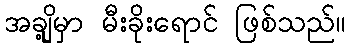
အချို့မှာ မီးခိုးရောင် ဖြစ်သည်။